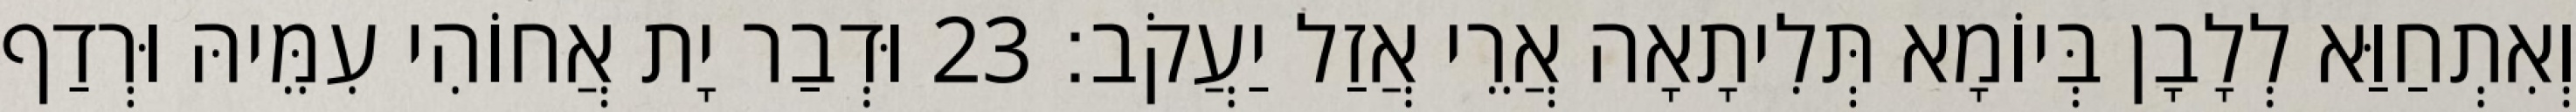
וְאִתְחַוַּא לְלָבָן בְּיוֹמָא תְּלִיתָאָה אֲרֵי אֲזַל יַעֲקֹב׃ 23 וּדְבַר יָת אֲחוֹהִי עִמֵּיהּ וּרְדַף